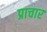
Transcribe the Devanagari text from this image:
प्राचार